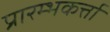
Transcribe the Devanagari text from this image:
प्रारम्भकर्त्ता